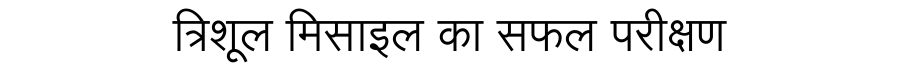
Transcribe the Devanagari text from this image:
त्रिशूल मिसाइल का सफल परीक्षण